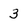
Character: 3